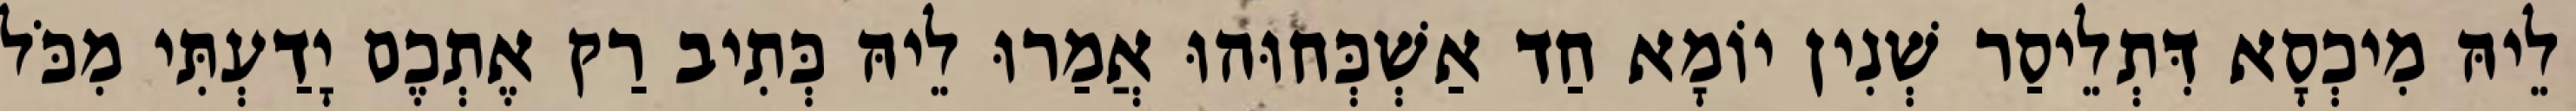
לֵיהּ מִיכְסָא דִּתְלֵיסַר שְׁנִין יוֹמָא חַד אַשְׁכְּחוּהוּ אֲמַרוּ לֵיהּ כְּתִיב רַק אֶתְכֶם יָדַעְתִּי מִכֹּל